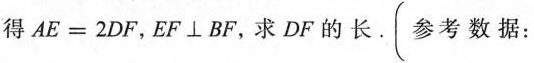
得$$A E = 2 D F$$，EF⊥BF，求DF的长。（参考数据：